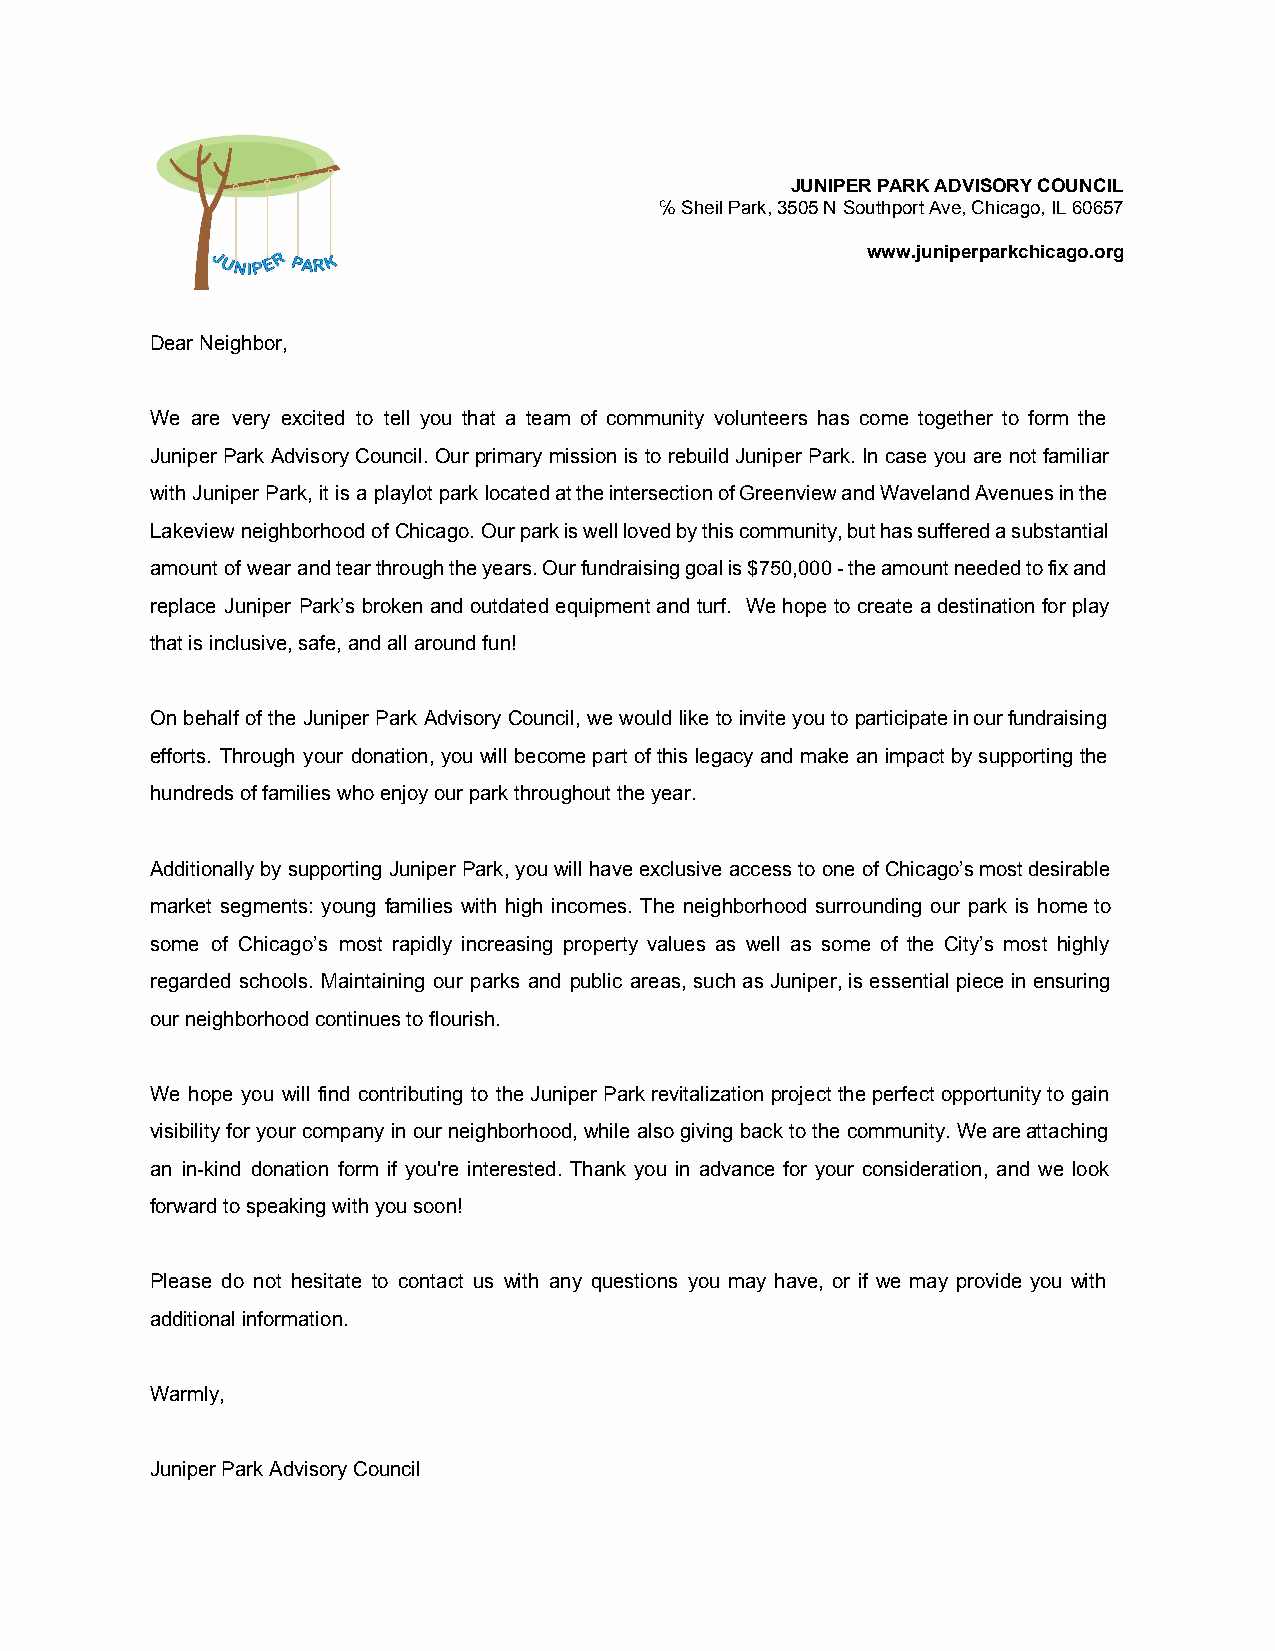
JUNIPER PARK ADVISORY COUNCIL
 ℅ Sheil Park, 3505 N Southport Ave, Chicago, IL 60657
 www.juniperparkchicago.org
 Dear Neighbor,
 We are very excited to tell you that a team of community volunteers has come together to form the
 Juniper Park Advisory Council. Our primary mission is to rebuild Juniper Park. In case you are not familiar
 with Juniper Park, it is a playlot park located at the intersection of Greenview and Waveland Avenues in the
 Lakeview neighborhood of Chicago. Our park is well loved by this community, but has suffered a substantial
 amount of wear and tear through the years. Our fundraising goal is $750,000 ­ the amount needed to fix and
 replace Juniper Park’s broken and outdated equipment and turf. We hope to create a destination for play
 that is inclusive, safe, and all around fun!
 On behalf of the Juniper Park Advisory Council, we would like to invite you to participate in our fundraising
 efforts. Through your donation, you will become part of this legacy and make an impact by supporting the
 hundreds of families who enjoy our park throughout the year.
 Additionally by supporting Juniper Park, you will have exclusive access to one of Chicago’s most desirable
 market segments: young families with high incomes. The neighborhood surrounding our park is home to
 some of Chicago’s most rapidly increasing property values as well as some of the City’s most highly
 regarded schools. Maintaining our parks and public areas, such as Juniper, is essential piece in ensuring
 our neighborhood continues to flourish.
 We hope you will find contributing to the Juniper Park revitalization project the perfect opportunity to gain
 visibility for your company in our neighborhood, while also giving back to the community. We are attaching
 an in­kind donation form if you're interested. Thank you in advance for your consideration, and we look
 forward to speaking with you soon!
 Please do not hesitate to contact us with any questions you may have, or if we may provide you with
 additional information.
 Warmly,
 Juniper Park Advisory Council